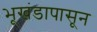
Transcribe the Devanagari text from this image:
भूखंडापासून